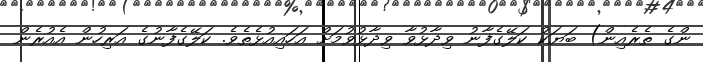
ންގެ ތެރެއިން) ބަޔަކު ކަލޭގެފާނު ވިދާޅުވާ ވިދާޅުވުމަށް އަހައިއުޅެތެވެ. ކަލޭގެފާނުގެ އަރިހުން އެއުރެން